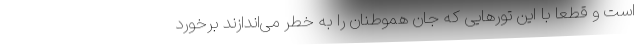
است و قطعاً با این تورهایی که جان هموطنان را به خطر می‌اندازند برخورد